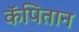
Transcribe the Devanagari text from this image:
कॅपितान